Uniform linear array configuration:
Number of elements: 24
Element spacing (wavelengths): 1
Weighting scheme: hamming
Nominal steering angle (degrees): -30
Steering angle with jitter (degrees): -28.701
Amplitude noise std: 0.05
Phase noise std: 0.05

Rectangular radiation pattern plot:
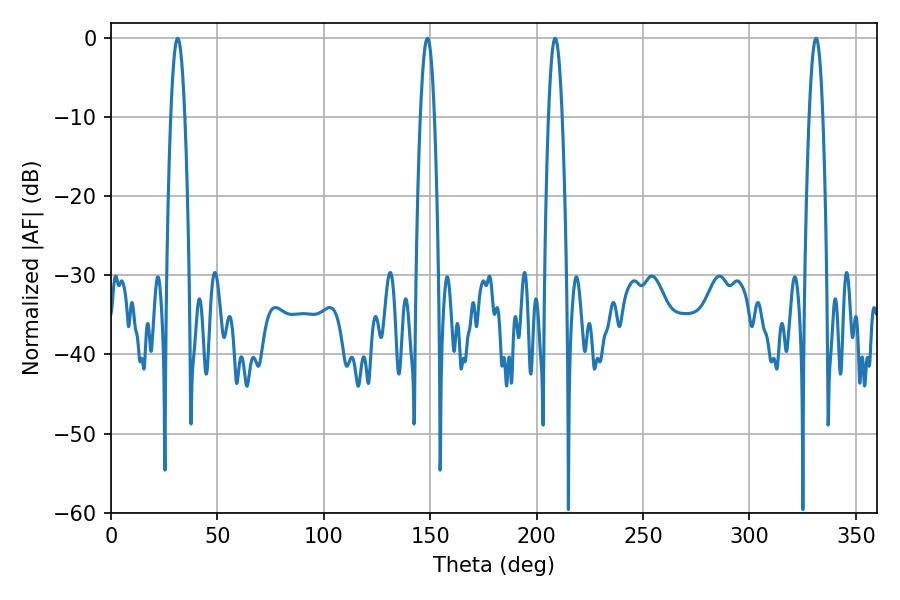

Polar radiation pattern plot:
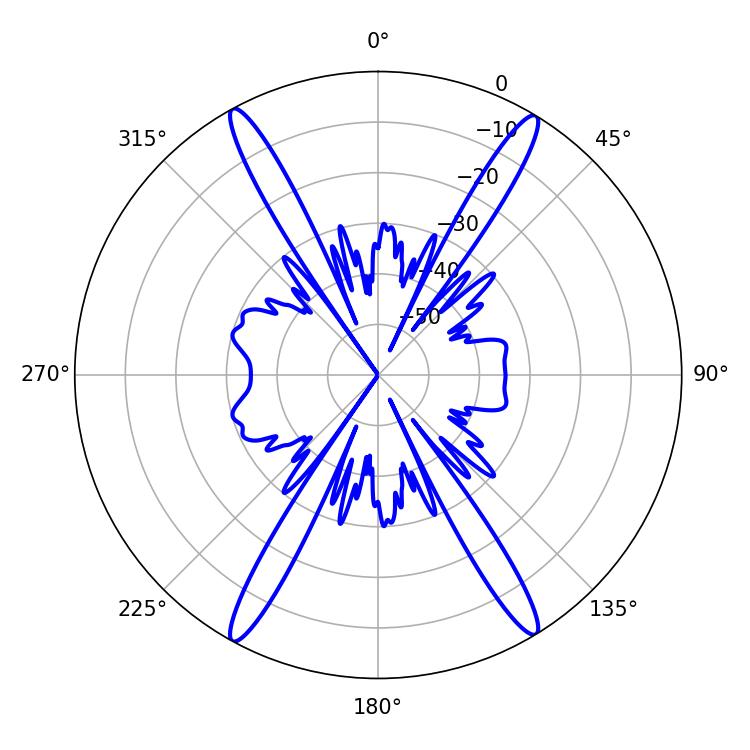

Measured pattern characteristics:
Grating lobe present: TRUE
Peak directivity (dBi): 24.714
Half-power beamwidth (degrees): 3.6
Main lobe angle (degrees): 31.32